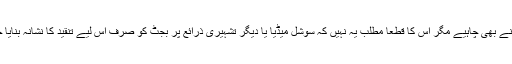
حالیہ بجٹ پر یقیناً خدشات ہوں گے اور ہونے بھی چاہیے مگر اس کا قطعاً مطلب یہ نہیں کہ سوشل میڈیا یا دیگر تشہیری ذرائع پر بجٹ کو صرف اس لیے تنقید کا نشانہ بنایا جا ئے کہ تحریک انصاف کی حکومت ہے۔